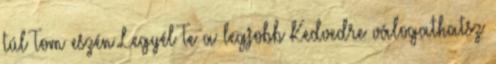
túl Tom eszén Legyél Te a legjobb Kedvedre válogathatsz